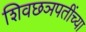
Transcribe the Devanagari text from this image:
शिवछञपतींच्या